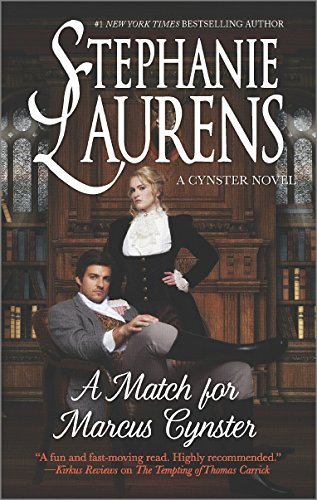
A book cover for A Match for Marcus Cynster (Cynster Novels); Stephanie Laurens; Romance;